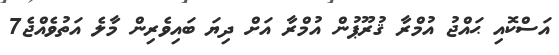
އަސްކޮއި ޙައްޖު އުމްރާ ޤުރޫޕުން އުމްރާ އަށް ދިޔަ ބައިވެރިން މާލެ އަތުވެއްޖެ7